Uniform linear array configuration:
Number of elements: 4
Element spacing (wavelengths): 0.75
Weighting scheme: kaiser
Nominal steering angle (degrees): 30
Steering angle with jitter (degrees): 29.044
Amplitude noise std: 0.05
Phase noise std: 0.05

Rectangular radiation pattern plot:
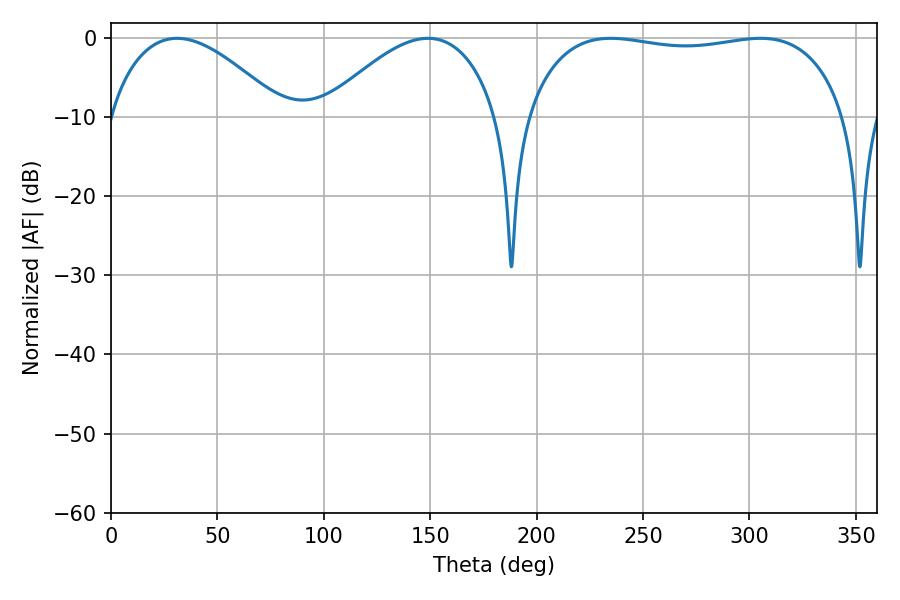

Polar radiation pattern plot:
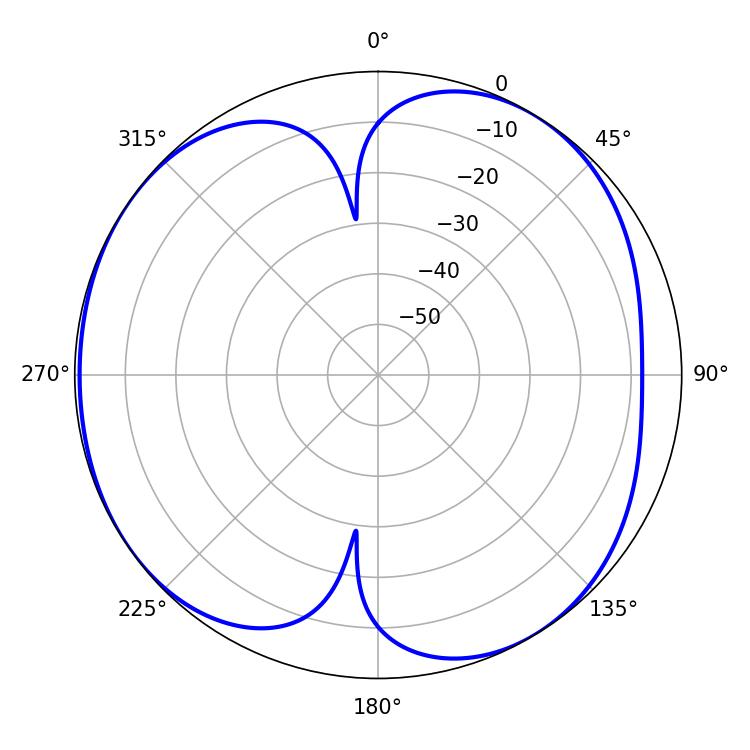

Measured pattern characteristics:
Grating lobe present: TRUE
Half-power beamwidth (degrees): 120.24
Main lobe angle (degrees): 234.9